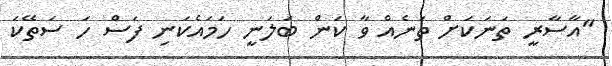
"އާސާރީ ތަނަކަށް ތަނެއް ވާ ކަން ބަލަނީ ހަމައެކަނި ފަސް ހަ ސަތޭކަ